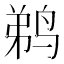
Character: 鹈